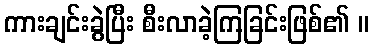
ကားချင်းခွဲပြီး စီးလာခဲ့ကြခြင်းဖြစ်၏ ။